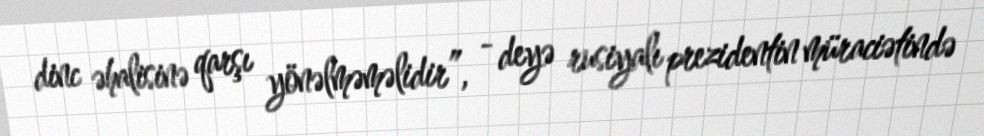
dinc əhalisinə qarşı yönəlməməlidir”, - deyə rusiyalı prezidentin müraciətində